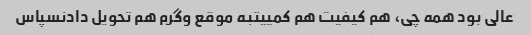
عالی بود همه چی، هم کیفیت هم کمییتبه موقع وگرم هم تحویل دادنسپاس